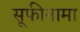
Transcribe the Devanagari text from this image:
सूफीनामा